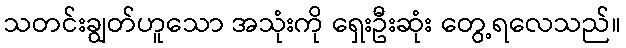
သတင်းချွတ်ဟူသော အသုံးကို ရှေးဦးဆုံး တွေ့ရလေသည်။